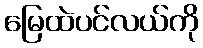
မြေထဲပင်လယ်ကို